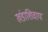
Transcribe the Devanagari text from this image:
खंडाशिवाय